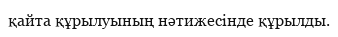
қайта құрылуының нәтижесінде құрылды.